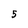
Character: 5